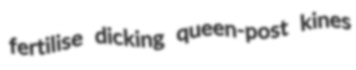
fertilise dicking queen-post kines